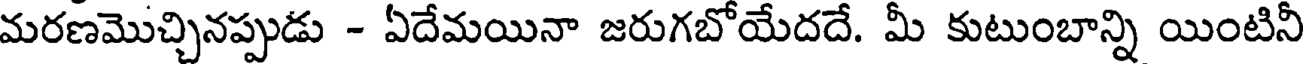
మరణమొచ్చినప్పుడు - ఏదేమయినా జరుగబోయేదదే. మీ కుటుంబాన్ని యింటినీ